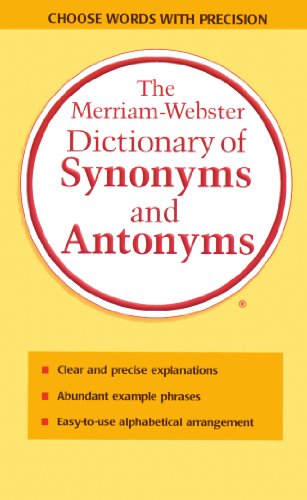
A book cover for The Merriam-Webster Dictionary Of Synonyms And Antonyms (Turtleback School & Library Binding Edition); Eds. Merriam-Webster; Biographies & Memoirs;